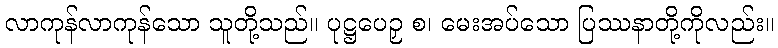
လာကုန်လာကုန်သော သူတို့သည်။ ပုဋ္ဌပေဉှ စ၊ မေးအပ်သော ပြဿနာတို့ကိုလည်း။